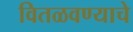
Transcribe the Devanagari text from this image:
वितळवण्याचे